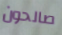
صالحون